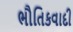
ભૌતિકવાદી